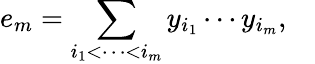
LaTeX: e_{m}=\sum_{i_{1}<\cdots<i_{m}}y_{i_{1}}\cdots y_{i_{m}},\quad